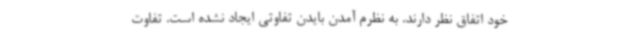
خود اتفاق نظر دارند. به نظرم آمدن بایدن تفاوتی ایجاد نشده است. تفاوت